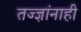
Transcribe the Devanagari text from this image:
तज्‍ज्ञांनाही